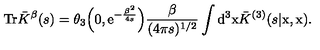
{ \mathrm { T r } } \bar { K } ^ { \beta } ( s ) = \theta _ { 3 } \Big ( 0 , { \mathrm { e } } ^ { - \frac { \beta ^ { 2 } } { 4 s } } \Big ) \frac { \beta } { ( 4 \pi s ) ^ { 1 / 2 } } \int { \mathrm { d } } ^ { 3 } { \mathrm { \boldmath x } } \bar { K } ^ { ( 3 ) } ( s | \mathrm { \boldmath x } , \mathrm { \boldmath x } ) .